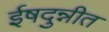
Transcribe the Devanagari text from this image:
ईषदुन्नीत